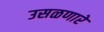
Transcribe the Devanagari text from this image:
उसळणारे